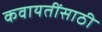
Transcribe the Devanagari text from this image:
कवायतींसाठी